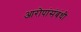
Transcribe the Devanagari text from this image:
आरोपांसंबंधी